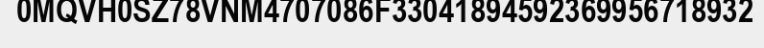
0MQVH0SZ78VNM4707086F33041894592369956718932